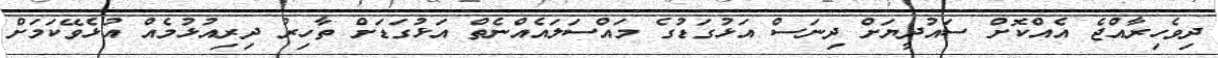
ދިވެހިރާއްޖެ އެއްކޮށް ސައުދީޔަށް ދިނަސް އަޅުގަޑުގެ މައްސަލައެއްނެތް އަޅުގަޑަށް ތާހިރު ދިރިއުޅުމެއް އުޅެވޭކަމަށް